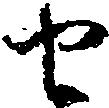
せ